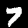
Digit: 7